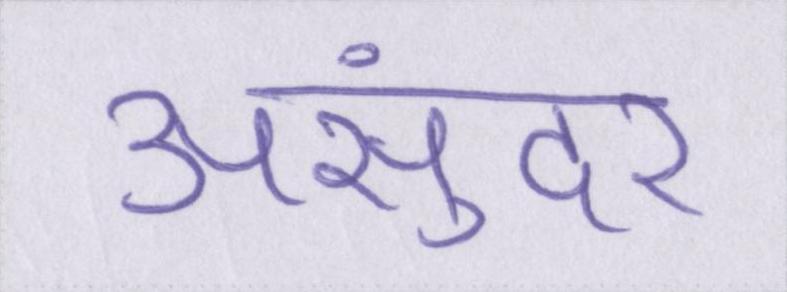
असुंदर